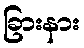
ခြားနား